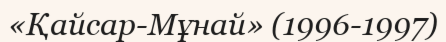
«Қайсар-Мұнай» (1996-1997)